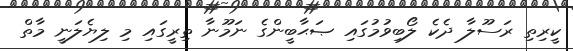
ކީރިތި ރަސޫލާ ދެކެ ލޯބިވުމުގައި ޞަޙާބީންގެ ނަމޫނާ ތިރީގައި މި ލިޔެލަނީ މާތް